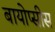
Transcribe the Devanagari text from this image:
बायोप्सीस